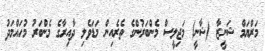
މަރްޔަމް ޝަނީޒާ (ޝާނީ) މަޖިލީސް މެންބަރުންގެ ތެރެއިން މަޑަވެލި ދާއިރާގެ މެންބަރު މުހައްމަދު